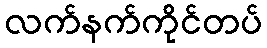
လက်နက်ကိုင်တပ်